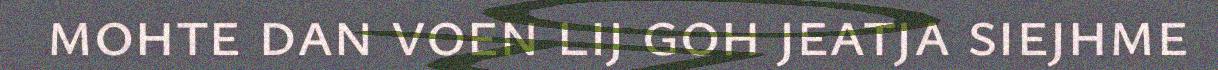
mohte dan voen lij goh jeatja siejhme